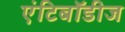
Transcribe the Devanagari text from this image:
एंटिबॉडीज